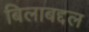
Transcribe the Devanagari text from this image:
बिलाबद्दल